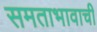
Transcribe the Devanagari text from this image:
समताभावाची